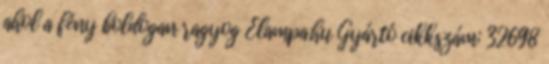
ahol a fény boldogan ragyog Elampa.hu Gyártó cikkszám: 32698